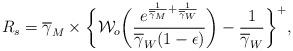
LaTeX: \begin{align*}R_{s} = \overline{\gamma}_{M} \times \bigg\{\mathcal{W}_{o}\bigg(\frac{e^{\frac{1}{\overline{\gamma}_{M}}+\frac{1}{\overline{\gamma}_{W}}}}{\overline{\gamma}_{W}(1-\epsilon)}\bigg) - \frac{1}{\overline{\gamma}_{W}} \bigg\}^{+},\end{align*}